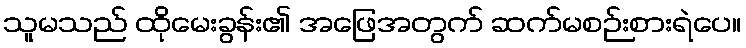
သူမသည် ထိုမေးခွန်း၏ အဖြေအတွက် ဆက်မစဉ်းစားရဲပေ။